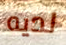
لديه